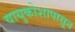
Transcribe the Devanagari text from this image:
वायुकोशापासून